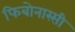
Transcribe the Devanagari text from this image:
फिबोनास्सी